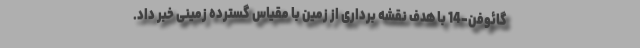
گائوفن-14 با هدف نقشه برداری از زمین با مقیاس گسترده زمینی خبر داد.